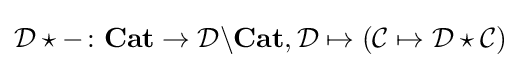
{\mathcal {D}}\star -\colon \mathbf {Cat} \rightarrow {\mathcal {D}}\backslash \mathbf {Cat} ,{\mathcal {D}}\mapsto ({\mathcal {C}}\mapsto {\mathcal {D}}\star {\mathcal {C}})